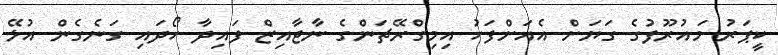
ކީޕަރު މައުރޫފުގެ ގަޔަށް އެއަށްފަހު އިމިގްރޭޗަންގެ ނާޖާއިޒް ފައިދާ ހޯދައި ގަނެގެން އުޅޭ